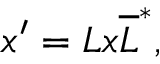
x ^ { \prime } = L x \overline { { { L } } } ^ { * } ,